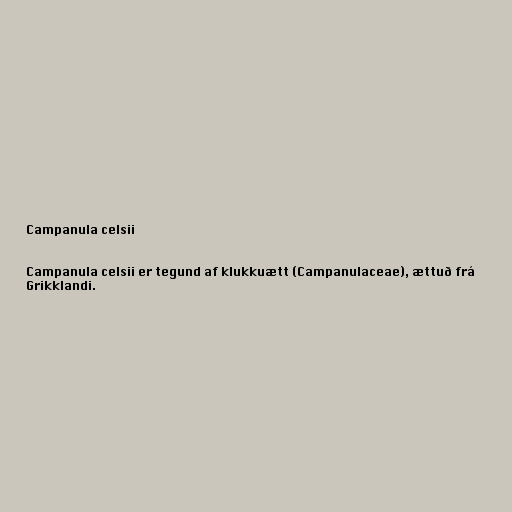
Campanula celsii

Campanula celsii er tegund af klukkuætt (Campanulaceae), ættuð frá
Grikklandi.